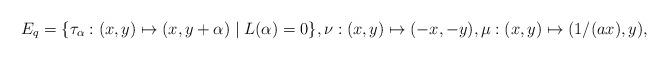
LaTeX: \begin{align*}E_q=\{ \tau_\alpha:(x,y)\mapsto(x,y+\alpha)\mid L(\alpha)=0 \},\nu:(x,y)\mapsto(-x,-y), \mu:(x,y)\mapsto(1/(ax),y),\end{align*}